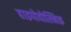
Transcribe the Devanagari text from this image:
हाइपोवोल्मिक